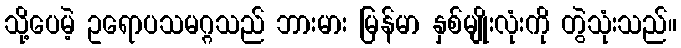
သို့ပေမဲ့ ဥရောပသမဂ္ဂသည် ဘားမား မြန်မာ နှစ်မျိုးလုံးကို တွဲသုံးသည်။